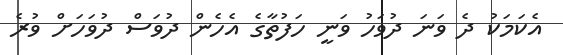
އެކަމަކު ދެ ވަނަ ދުވަހު ވަނީ ހަފުތާގެ އެހެން ދުވަސް ދުވަހަށް ވުރެ